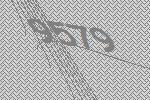
9579